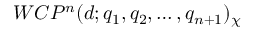
W C P ^ { n } ( d ; q _ { 1 } , q _ { 2 } , \dots , q _ { n + 1 } ) _ { \chi }